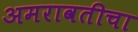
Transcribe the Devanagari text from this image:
अमरावतीचा